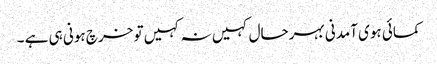
کمائی ہوی آمدنی بہرحال کہیں نہ کہیں تو خرچ ہونی ہی ہے ۔